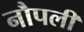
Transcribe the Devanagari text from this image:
नौपली